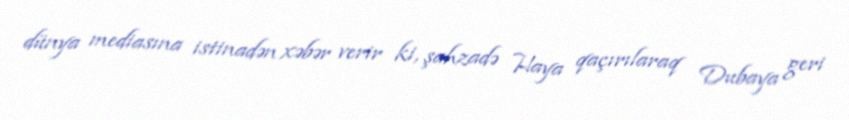
dünya mediasına istinadən xəbər verir ki, şahzadə Haya qaçırılaraq Dubaya geri